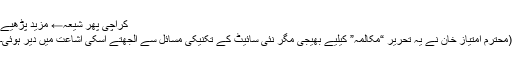
کراچی پھر شیعہ← مزید پڑھیے
(محترم امتیاز خان نے یہ تحریر “مکالمہ” کیلیے بھیجی مگر نئی سائیٹ کے تکنیکی مسائل سے الجھتے اسکی اشاعت میں دیر ہوئی۔